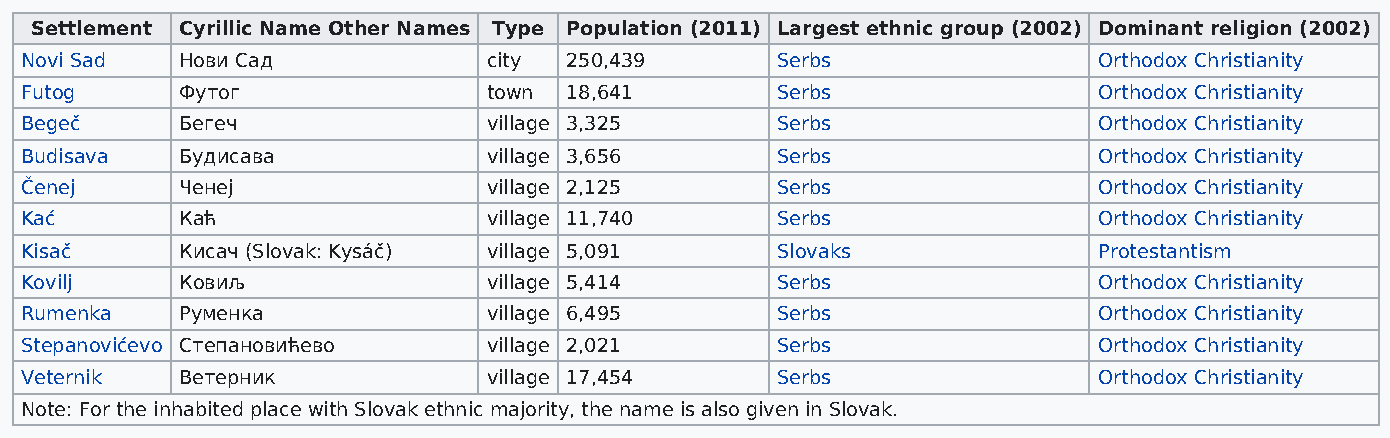
Settlement Cyrillic Name Other Names Type Population (2011) Largest ethnic group (2002) Dominant religion (2002)
 Novi Sad   Нови Сад            city 250,439       Serbs                 Orthodox Christianity
 Futog      Футог               town 18,641        Serbs                 Orthodox Christianity
 Begeč      Бегеч               village 3,325      Serbs                 Orthodox Christianity
 Budisava   Будисава            village 3,656      Serbs                 Orthodox Christianity
 Čenej      Ченеј               village 2,125      Serbs                 Orthodox Christianity
 Kać        Каћ                 village 11,740     Serbs                 Orthodox Christianity
 Kisač      Кисач (Slovak: Kysáč) village 5,091    Slovaks               Protestantism
 Kovilj     Ковиљ               village 5,414      Serbs                 Orthodox Christianity
 Rumenka    Руменка             village 6,495      Serbs                 Orthodox Christianity
 Stepanovićevo Степановићево    village 2,021      Serbs                 Orthodox Christianity
 Veternik   Ветерник            village 17,454     Serbs                 Orthodox Christianity
 Note: For the inhabited place with Slovak ethnic majority, the name is also given in Slovak.